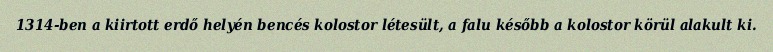
1314-ben a kiirtott erdő helyén bencés kolostor létesült, a falu később a kolostor körül alakult ki.